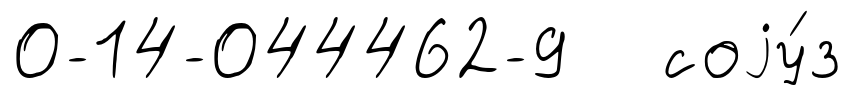
0-14-044462-9 соjу́з